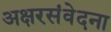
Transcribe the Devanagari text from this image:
अक्षरसंवेदना